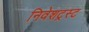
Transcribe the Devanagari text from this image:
निवेशट्रस्ट